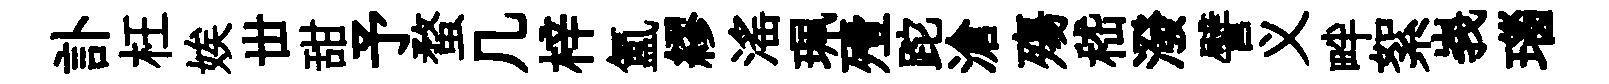
訃枉娭丗甜予蝥几梓氲繆滛珮殪跎滄殤嵇潑譬义畔絮峩瑙